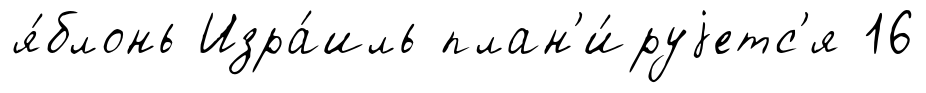
я́блонь Изра́иль план'и́руjетс'я 16